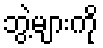
ဘွဲ့များကို